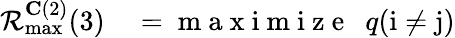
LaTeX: \begin{array}{rl}{\mathcal{R}_{\operatorname*{max}}^{\mathbf{C}(2)}(3)}&{{}=\mathrm{~m~a~x~i~m~i~z~e~}~~q(\mathrm{i}\neq\mathrm{j})}\end{array}